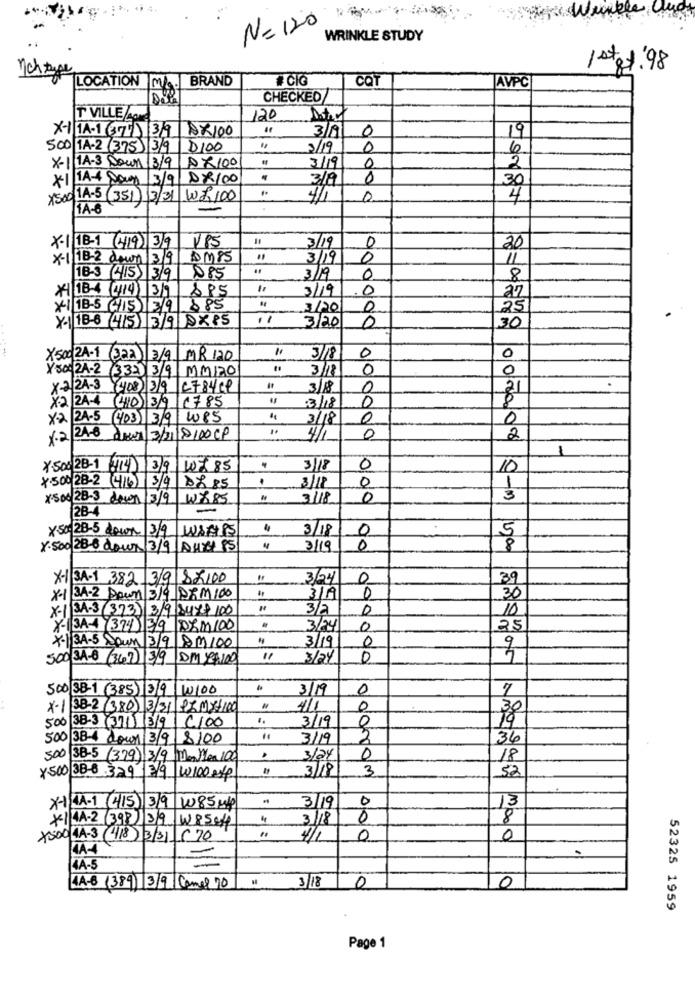
N= 120
WRINKLE STUDY
1 start'98
LOCATION M. BRAND
COT
AVPC
CHECKED
T VILLE/4OM
120
X-1 1A-1 (377) 39 8X100
3/11
0
19
500 1A-2 (375) 3/9
D100
3/19
0
6
3/19
X-1 1A-3 Down 13/9|×100
0
2
X11ADay 3/9/0×100
0
30
x50014.5 (351) 13/31 W8 100
4/1
0
4
1A-6
X-1 18-1 (19) 3/9
185
3/19
0
20
X-1|18-2 down 3/9
AMPS
3/19
0
11
18-3 (415) 3/9
0.85
3/19
0
8
X4 18-4 (414) 3/9
885
11
3/19
0
27
*1 18-5 (4/5) 3/9 885
3/20
0
25
X- 18-6 (4/5) 3/9 DXP5
30
3/20
0
---.
X500 2A-1 (322) 3/9/MR 120
3/8
0
0
X 500 2A-2 (332) 3/9 MM/20
0
0
x-2/2A-3 (408) 3/9|2784 -9
3/18
0
2
13/18
0
X2 ZA-4 410) 3/9 1785
X-2 24-5 (4/03) 3/9 1085
"
3/18
0
0
x.2 24-6
deur 3/21/0100CP
4/1
0
2
X.506 28-1 :14 13/9
17 85
3/18
0
10
X.500/28-2 (4/6) 3/4
.
0
88 85
3/18
x-506/28-3 deen /3/9
3/18
0
3
28-4
X50- 28-5 down 3/9
WASPS
4
3/18
0
5
X.500 28-6 down 3/9|A4x+ 85
3/19
0
X-1 3A-1 382 3/9 82100
3/24
0
39
X-1 3A-2 Down 3/9 DEM100
3/A
0
30
X-1 3A-3 (373) 3/9 surf 100
3/2
10
X-1 3A (324 3/9 120100
3/24
0
25
0
x-13A-5 Doun 3/9 AM100
3/19
500 3A-6 (367 3/9 DM 187100
11
3/24
0
500 38-1 (385) 3/9 1100
3/19
0
7
x-1 98-2 (380) 3/31|12 Mx100
4/1
0
30
19
500 38-3 (371) 13/9 C100
3/19
500 38-4 down 3/9 8100
3/19
2
34
500 38-5 (379) 3/9 Menyen 100
3124
0
18
3/18
3
52
x500 38-6 329 3/9 10100 exp
3/19
0
X- 4A-1 (4 15 3/9 W85 m
13
*14A-2 (39R) 3/9 W85 off
3/18
0
8
x500 1A-3 (418) 3/31 570
4/1
0
0
4A-5
3/18
0
4.A-6 (389) 39 Camel 70 "
0
52325 1959
Page 1